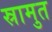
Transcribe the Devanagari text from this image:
स्रामुत